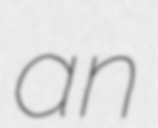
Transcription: an